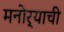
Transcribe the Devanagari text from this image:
मनोर्‍याची